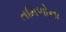
તમિળોના